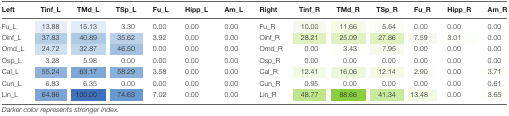
| Left | Tinf_L | TMd_L | TSp_L | Fu_L | Hipp_L | Am_L | Right | Tinf_R | TMd_R | TSp_R | Fu_R | Hipp_R | Am_R |
 | --- | --- | --- | --- | --- | --- | --- | --- | --- | --- | --- | --- | --- | --- |
 | Fu_L | 13.88 | 15.13 | 3.30 | 0.00 | 0.00 | 0.00 | Fu_R | 10.00 | 11.66 | 5.64 | 0.00 | 0.00 | 0.00 |
 | Oinf_L | 37.83 | 40.89 | 35.62 | 3.92 | 0.00 | 0.00 | Oinf_R | 28.21 | 25.09 | 27.86 | 7.59 | 3.01 | 0.00 |
 | Omd_L | 24.72 | 32.87 | 46.50 | 0.00 | 0.00 | 0.00 | Omd_R | 0.00 | 3.43 | 7.95 | 0.00 | 0.00 | 0.00 |
 | Osp_L | 3.28 | 5.98 | 0.00 | 0.00 | 0.00 | 0.00 | Osp_R | 0.00 | 0.00 | 0.00 | 0.00 | 0.00 | 0.00 |
 | Cal_L | 55.24 | 63.17 | 58.29 | 3.58 | 0.00 | 0.00 | Cal_R | 12.41 | 16.06 | 12.14 | 2.90 | 0.00 | 3.71 |
 | Cun_L | 6.83 | 6.35 | 0.00 | 0.00 | 0.00 | 0.00 | Cun_R | 0.95 | 0.00 | 0.00 | 0.00 | 0.00 | 0.61 |
 | Lin_L | 64.86 | 100.00 | 74.63 | 7.02 | 0.00 | 0.00 | Lin_R | 48.77 | 88.66 | 41.34 | 13.48 | 0.00 | 3.65 |